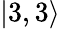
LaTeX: \vert 3,3\rangle